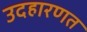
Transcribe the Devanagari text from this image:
उदहारणत